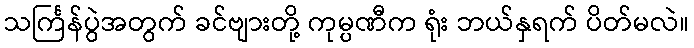
သင်္ကြန်ပွဲအတွက် ခင်ဗျားတို့ ကုမ္ပဏီက ရုံး ဘယ်နှရက် ပိတ်မလဲ။